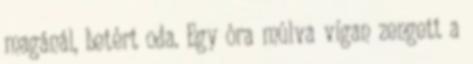
magánál, betért oda. Egy óra múlva vígan zengett a